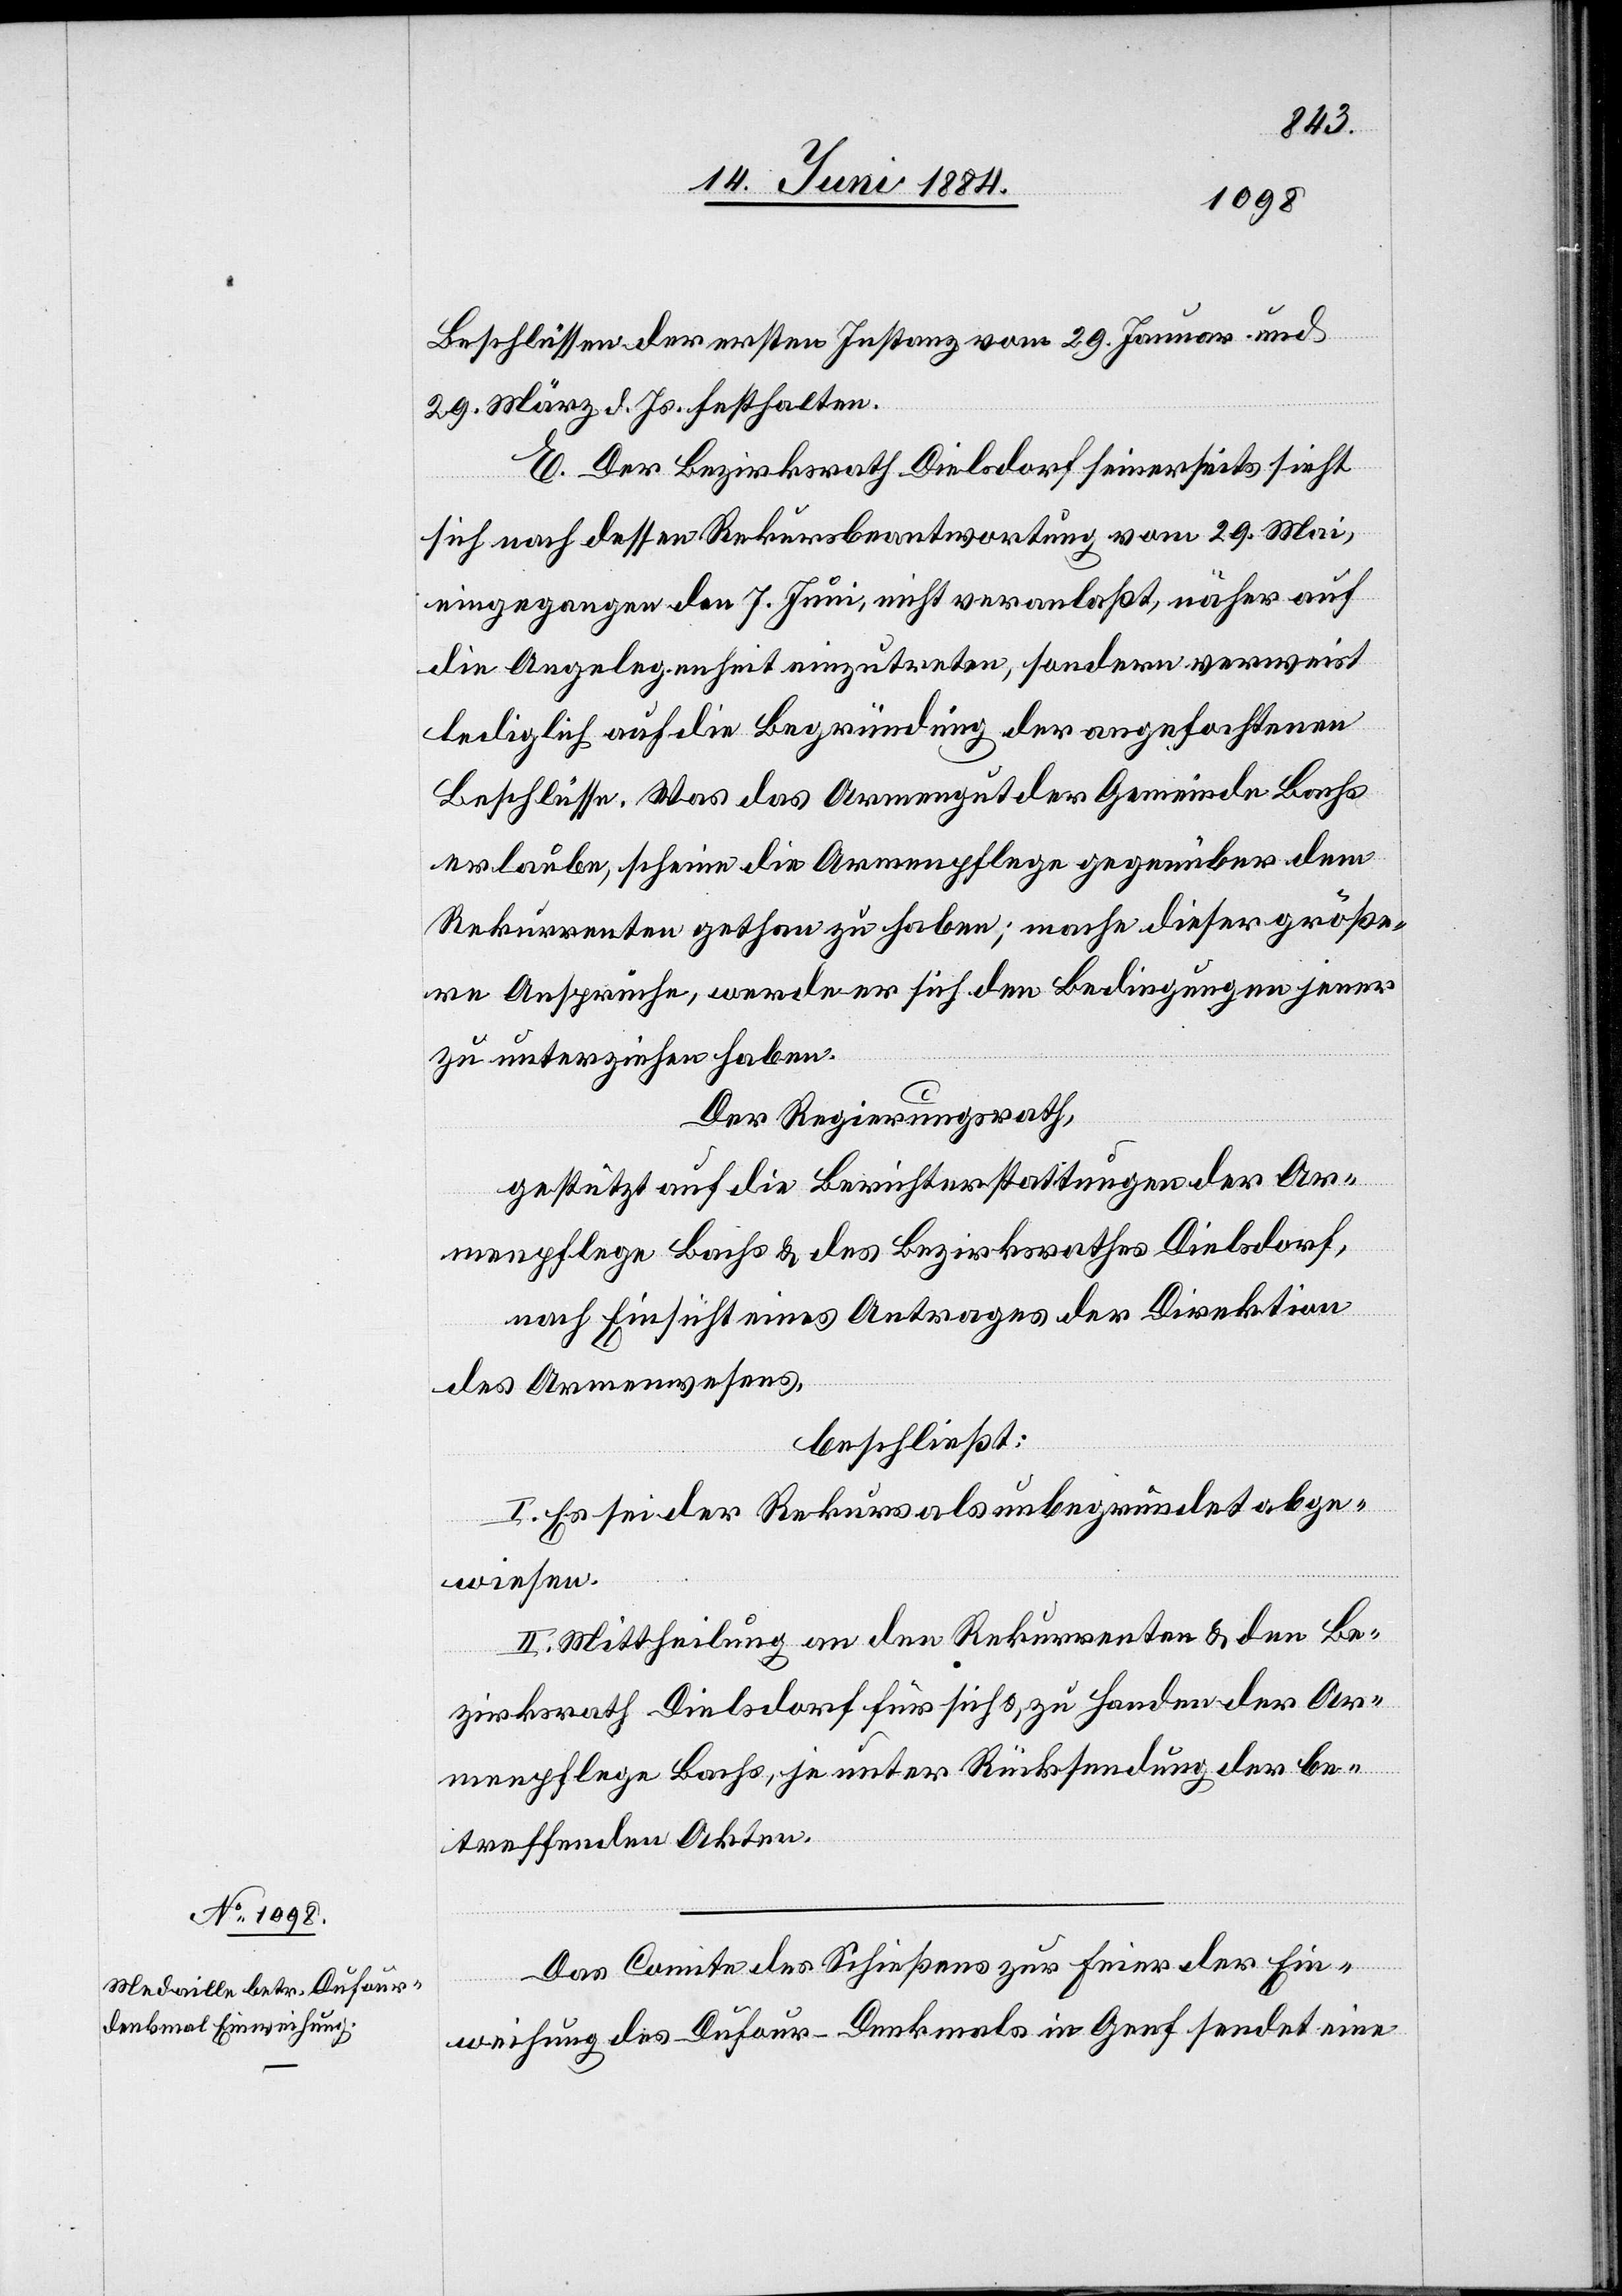
Beschlüssen der ersten Instanz vom 29. Januar und
29. März d. Js. festhalten.
E. Der Bezirksrath Dielsdorf seinerseits sieht
sich nach dessen Rekursbeantwortung vom 29. Mai,
eingegangen den 7. Juni, nicht veranlaßt, näher auf
die Angelegenheit einzutreten, sondern verweist
lediglich auf die Begründung der angefochtenen
Beschlüsse. Was das Armengut der Gemeinde Bachs
erlaube, scheine die Armenpflege gegenüber dem
Rekurrenten gethan zu haben; mache dieser größe¬
re Ansprüche, werde er sich den Bedingungen jener
zu unterziehen haben.
Der Regierungsrath,
gestützt auf die Berichterstattungen der Ar¬
menpflege Bachs & des Bezirksrathes Dielsdorf,
nach Einsicht eines Antrages der Direktion
des Armenwesens,
beschließt:
I. Es sei der Rekurs als unbegründet abge¬
wiesen.
II. Mittheilung an den Rekurrenten & den Be¬
zirksrath Dielsdorf für sich & zu Handen der Ar¬
menpflege Bachs, je unter Rücksendung der be¬
treffenden Akten.
Das Comite des Schießens zur Feier der Ein¬
weihung des Dufour-Denkmals in Genf sendet eine